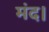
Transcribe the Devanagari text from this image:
मंद।